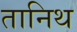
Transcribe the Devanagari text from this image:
तानिथ